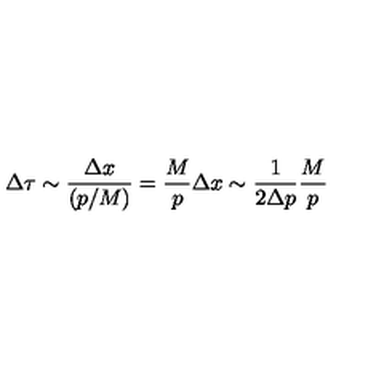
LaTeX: \Delta \tau \sim \frac { \Delta x } { ( p / M ) } = \frac { M } { p } \Delta x \sim \frac { 1 } { 2 \Delta p } \frac { M } { p }